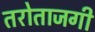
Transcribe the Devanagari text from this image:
तरोताजगी